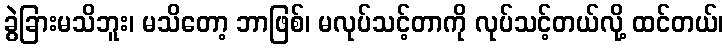
ခွဲခြားမသိဘူး၊ မသိတော့ ဘာဖြစ်၊ မလုပ်သင့်တာကို လုပ်သင့်တယ်လို့ ထင်တယ်၊